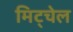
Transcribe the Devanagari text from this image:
मिट्चेल